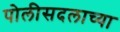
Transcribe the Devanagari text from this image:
पोलीसदलाच्या